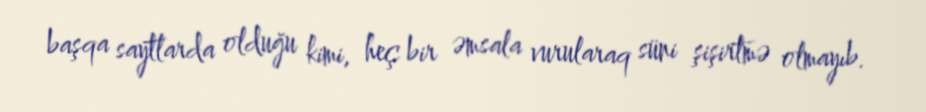
başqa saytlarda olduğu kimi, heç bir əmsala vurularaq süni şişirtmə olmayıb.